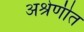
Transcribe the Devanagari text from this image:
अश्रेणीत